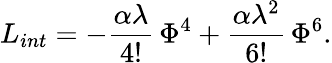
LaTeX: L_{int}=-\frac{\alpha\lambda}{4!}\, \Phi^{4}+\frac{\alpha\lambda^{2}}{6!}\, \Phi^{6}.